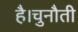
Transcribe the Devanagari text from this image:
है।चुनौती